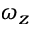
\omega _ { z }